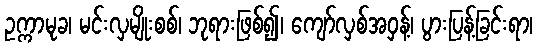
ဥက္ကာမုခ၊ မင်းလှမျိုးစစ်၊ ဘုရားဖြစ်၍၊ ကျော်လှစ်အဝှန့်၊ ပွားပြန့်ခြင်းရာ၊